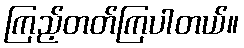
ကြည့်တတ်ကြပါတယ်။